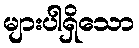
များပါရှိသော